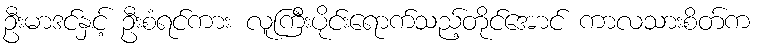
ဦးမာဒင်နှင့် ဦးစံရင်ကား လူကြီးပိုင်းရောက်သည့်တိုင်အောင် ကာလသားစိတ်က